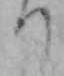
り